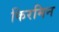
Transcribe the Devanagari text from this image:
किरमिन